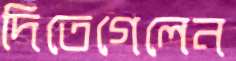
দিতেগেলেন